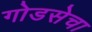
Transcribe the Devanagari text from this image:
गोडसेचा